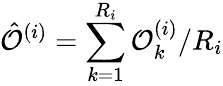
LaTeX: \hat{\mathcal{O}}^{(i)}=\sum_{k=1}^{R_{i}}\mathcal{O}_{k}^{(i)}/R_{i}